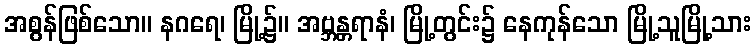
အစွန်ဖြစ်သော။ နဂရေ၊ မြို့၌။ အဗ္ဘန္တရာနံ၊ မြို့တွင်း၌ နေကုန်သော မြို့သူမြို့သား